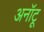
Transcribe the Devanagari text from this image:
अनॉटू